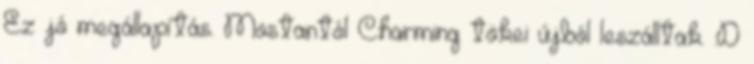
Ez jó megállapítás. Mostantól Charming tökei újból leszálltak. :D